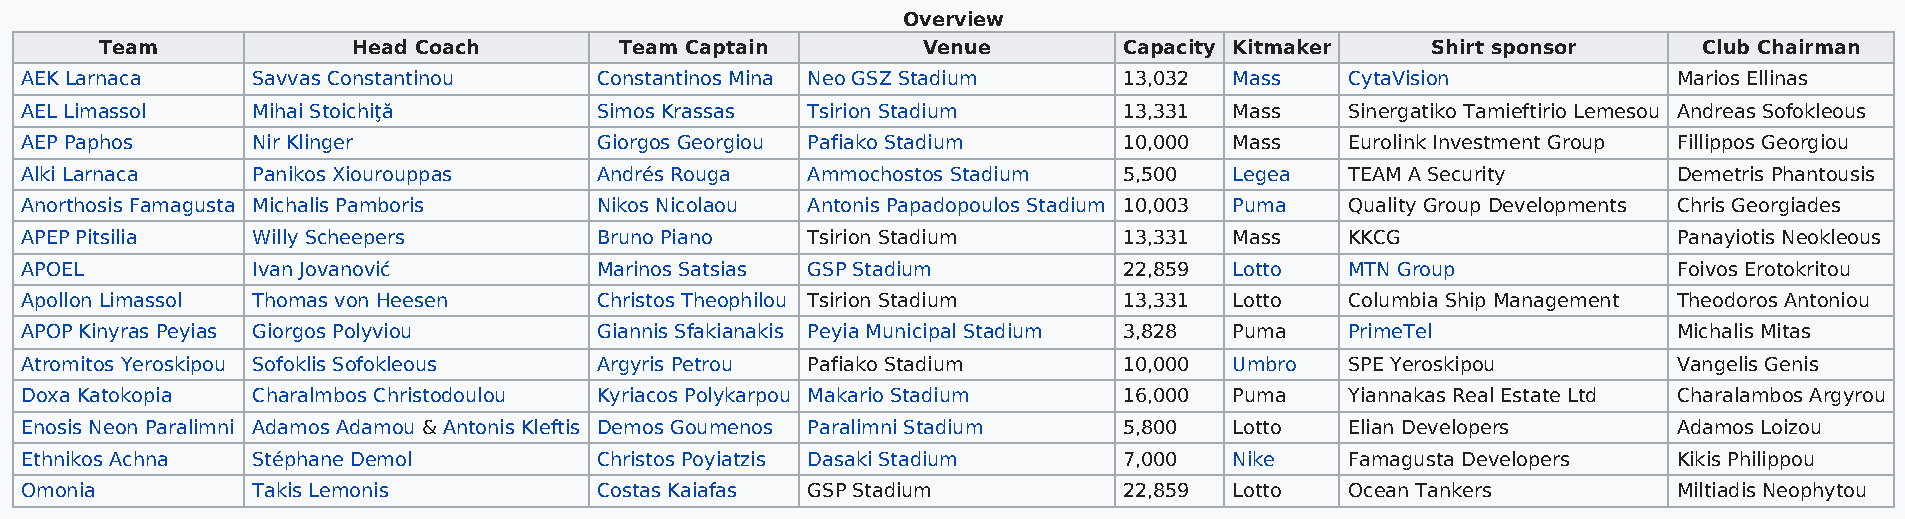
Overview
 Team            Head Coach        Team Captain        Venue        Capacity Kitmaker    Shirt sponsor     Club Chairman
 AEK Larnaca     Savvas Constantinou   Constantinos Mina Neo GSZ Stadium  13,032  Mass   CytaVision            Marios Ellinas
 AEL Limassol    Mihai Stoichiţă       Simos Krassas Tsirion Stadium      13,331  Mass   Sinergatiko Tamieftirio Lemesou Andreas Sofokleous
 AEP Paphos      Nir Klinger           Giorgos Georgiou Pafiako Stadium   10,000  Mass   Eurolink Investment Group Fillippos Georgiou
 Alki Larnaca    Panikos Xiourouppas   Andrés Rouga  Ammochostos Stadium  5,500   Legea  TEAM A Security       Demetris Phantousis
 Anorthosis Famagusta Michalis Pamboris Nikos Nicolaou Antonis Papadopoulos Stadium 10,003 Puma Quality Group Developments Chris Georgiades
 APEP Pitsilia   Willy Scheepers       Bruno Piano   Tsirion Stadium      13,331  Mass   KKCG                  Panayiotis Neokleous
 APOEL           Ivan Jovanović        Marinos Satsias GSP Stadium        22,859  Lotto  MTN Group             Foivos Erotokritou
 Apollon Limassol Thomas von Heesen    Christos Theophilou Tsirion Stadium 13,331 Lotto  Columbia Ship Management Theodoros Antoniou
 APOP Kinyras Peyias Giorgos Polyviou  Giannis Sfakianakis Peyia Municipal Stadium 3,828 Puma PrimeTel         Michalis Mitas
 Atromitos Yeroskipou Sofoklis Sofokleous Argyris Petrou Pafiako Stadium  10,000  Umbro  SPE Yeroskipou        Vangelis Genis
 Doxa Katokopia  Charalmbos Christodoulou Kyriacos Polykarpou Makario Stadium 16,000 Puma Yiannakas Real Estate Ltd Charalambos Argyrou
 Enosis Neon Paralimni Adamos Adamou & Antonis Kleftis Demos Goumenos Paralimni Stadium 5,800 Lotto Elian Developers Adamos Loizou
 Ethnikos Achna  Stéphane Demol        Christos Poyiatzis Dasaki Stadium  7,000   Nike   Famagusta Developers  Kikis Philippou
 Omonia          Takis Lemonis         Costas Kaiafas GSP Stadium         22,859  Lotto  Ocean Tankers         Miltiadis Neophytou